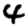
Digit: 4